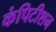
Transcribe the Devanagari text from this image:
कंपिटीशन